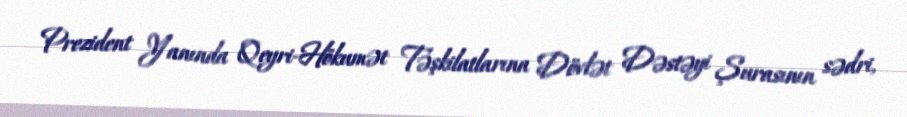
Prezident Yanında Qeyri-Hökumət Təşkilatlarına Dövlət Dəstəyi Şurasının sədri,